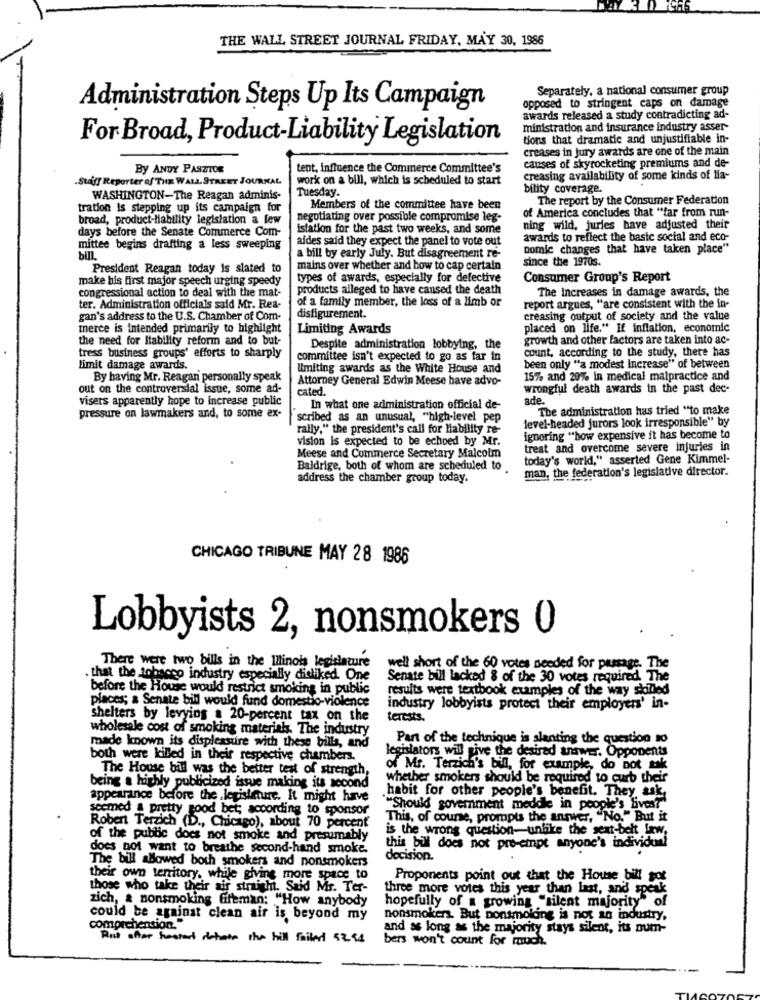
THE WALL STREET JOURNAL FRIDAY, MAY 30, 1986
Separately, a national consumer group
opposed to stringent caps on damage
Administration Steps Up Its Campaign
awards released a study contradicting ad-
ministration and insurance industry asser-
For Broad, Product-Liability Legislation
tions that dramatic and unjustifiable in-
creases in jury awards are one of the main
By ANDY PASZTOR
tent, influence the Commerce Committee's
causes of skyrocketing premiums and de-
.Staff Reporter of THE WALL STREET JOURNAL
work on a bill, which is scheduled to start
creasing availability of some kinds of lia-
Tuesday.
bility coverage.
WASHINGTON-The Reagan adminis-
The report by the Consumer Federation
tration is stepping up its campaign for
Members of the committee have been
of America concludes that "far from run-
broad, product-liability legislation a few
negotiating over possible compromise leg-
days before the Senate Commerce Com-
istation for the past two weeks, and some
ning wild, juries have adjusted their
aides said they expect the panel to vote out
awards to reflect the basic social and eco-
mittee begins drafting a less sweeping
Domic changes that have taken place"
bill,
a bill by early July. But disagreement re-
since the 1970s.
President Reagan today is slated to
mains over whether and how to cap certain
make his first major speech urging speedy
types of awards, especially for defective
Consumer Group's Report
products alleged to have caused the death
The Increases in damage awards, the
congressional action to deal with the mat-
of a family member, the loss of a limb or
ter. Administration officials said Mr. Rea-
report argues, "are consistent with the in-
gan's address to the U.S. Chamber of Com-
disfigurement.
creasing output of society and the value
merce is intended primarily to highlight
Limiting Awards
placed on life." If inflation, economic
the need for Itability reform and to but-
growth and other factors are taken into ac-
Despite administration lobbying, the
count, according to the study, there has
tress business groups' efforts to sharply
committee isn't expected to go as far in
limit damage awards.
limiting awards as the White House and
been only ""a modest Increase" of between
By having Mr. Reagan personally speak
Attorney General Edwin Meese have advo-
15% and 20% in medical malpractice and
out on the controversial issue, some ad-
cated.
wrongful death awards in the past dec-
visers apparently hope to increase public
ade .
In what one administration official de-
The administration has tried "to make
pressure on lawmakers and, to some ex-
scribed as an unusual, "high-level pep
level-headed jurors look irresponsible" by
rally," the president's call for liability re-
vision is expected to be echoed by Mr.
ignoring "how expensive it has become to
treat and overcome severe injuries in
Meese and Commerce Secretary Malcolm
today's world," asserted Gene Kimmel-
Baldrige, both of whom are scheduled to
the federation's legislative director.
address the chamber group today.
CHICAGO TRIBUNE MAY 28 1986
Lobbyists 2, nonsmokers ()
There were two bills in the Illinois legislature
well short of the 60 votes needed for passage. The
that the tobacco industry especially disliked. One
Senate bill lacked 8 of the 30 votes required. The
before the House would restrict smoking in public
results were textbook examples of the way skilled
places; & Senate bill would fund domestic-violence
industry lobbyists protect their employers' in-
shelters by levying . 20-percent tax on the
terests.
wholesale cost of smoking materials. The industry
Part of the technique is slanting the question no
made known its displeasure with these bills, and
legislators will give the desired answer. Opponents
both were killed in their respective chambers.
The House bill was the better test of strength,
of Mr. Terzich's bill, for example, do not tak
whether smokers should be required to curb their
being a highly publicized issue making its second
appearance before the legislature. It might have
habit for other people's benefit. They, ask
seemed a pretty good bet; according to sponsor
""Should government meddle in people's lives?"
This, of course, prompts the answer, "No." But it
Robert Terzich (D ., Chicago), about 70 percent
is the wrong question unlike the seat belt Low,
of the public does not smoke and presumably
does not want to breathe second-hand smoke.
this bill does not pre-empt anyone's individual
The bill allowed both smokers and nonsmokers
decision.
their own territory, while giving more space to
Proponents point out that the House bill got
those who take their air straight. Said Mr. Ter-
three more votes this year than last, and speak
zich, & nonsmoking fiftman: "How anybody
hopefully of a growing "silent majority" of
could be against clean air is beyond my
nonsmokers. But nonsmolang is not an industry,
comprchention."
and as long as the majority stays silent, its num-
Rut offer hooters schoon the hill Failed 52.98
bers won't count for much.